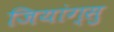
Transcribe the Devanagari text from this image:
जियांग्सु